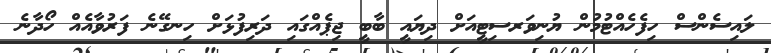
ލައިސެންސް ހިފެހެއްޓުމުން ޔުނިވަރސިޓީއަށް ދިޔައީ ބާބީ ޖިޕެއްގައި ދަރިފުޅަށް ހިނގޭނެ ފަރުވާއެއް ހޯދާނެ